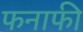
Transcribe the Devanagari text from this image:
फनाफी